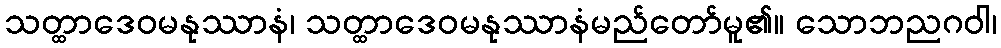
သတ္ထာဒေဝမနုဿာနံ၊ သတ္ထာဒေဝမနုဿာနံမည်တော်မူ၏။ သောဘညဂဝါ၊